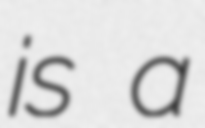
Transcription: is a